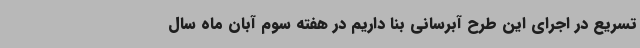
تسریع در اجرای این طرح آبرسانی بنا داریم در هفته سوم آبان ماه سال